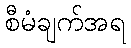
စီမံချက်အရ